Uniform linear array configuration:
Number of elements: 24
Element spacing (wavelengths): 1
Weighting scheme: uniform
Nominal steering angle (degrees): -60
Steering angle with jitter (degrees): -61.561
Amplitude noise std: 0.05
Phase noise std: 0.05

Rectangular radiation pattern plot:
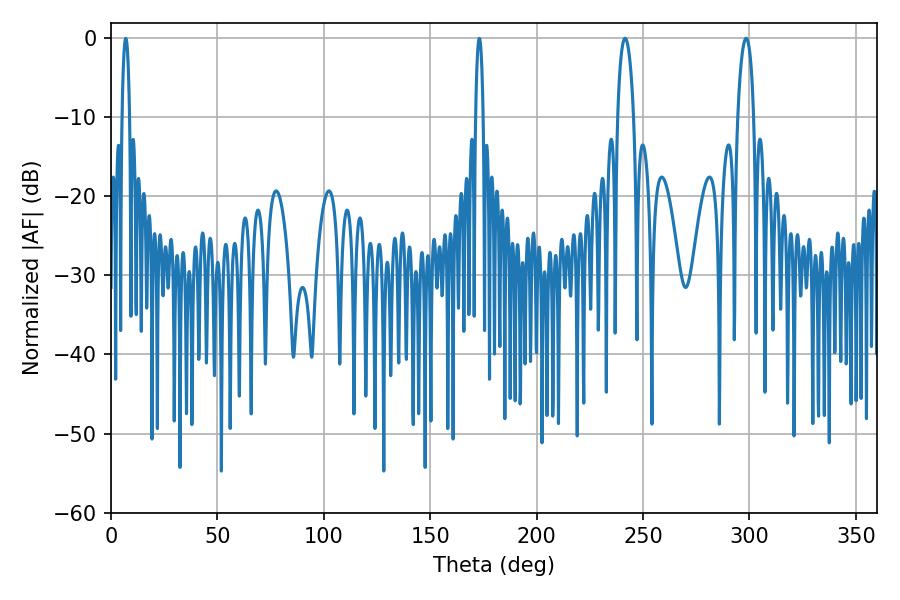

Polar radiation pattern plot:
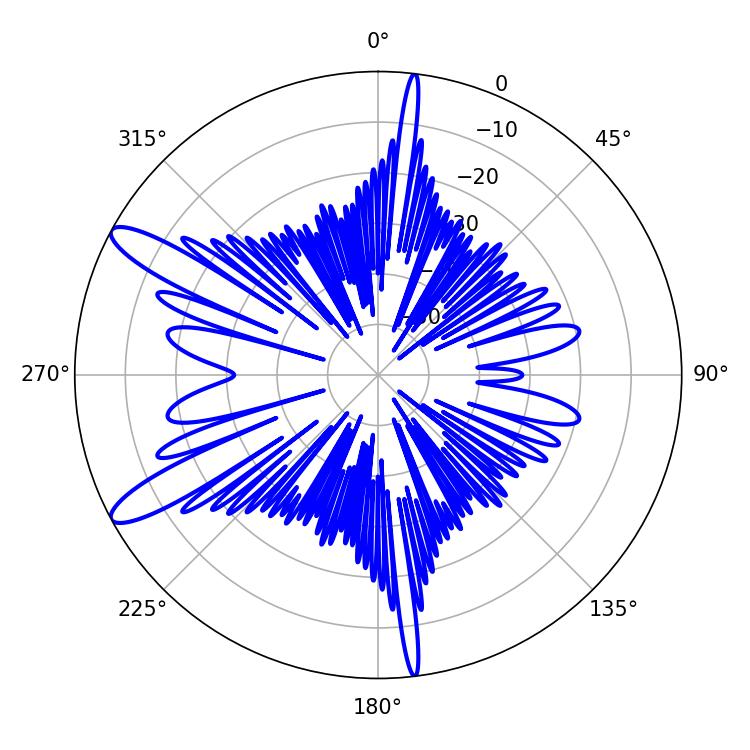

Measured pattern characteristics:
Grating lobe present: TRUE
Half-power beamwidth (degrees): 4.14
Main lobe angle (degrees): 241.56